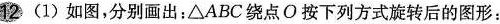
12 (1)如图，分别画出：\triangle ABC绕点O按下列方式旋转后的图形：